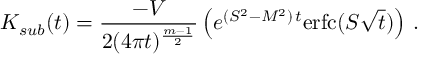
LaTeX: K _ { s u b } ( t ) = \frac { - V } { 2 ( 4 \pi t ) ^ { \frac { m - 1 } 2 } } \left( e ^ { ( S ^ { 2 } - M ^ { 2 } ) \, t } \mathrm { e r f c } ( S \sqrt t ) \right) \, .